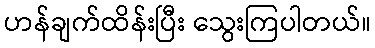
ဟန်ချက်ထိန်းပြီး သွေးကြပါတယ်။